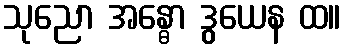
သုညော အန္ဓော ဒွယေန ထ။